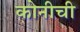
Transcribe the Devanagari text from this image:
कोनीची